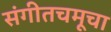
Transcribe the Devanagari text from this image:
संगीतचमूचा